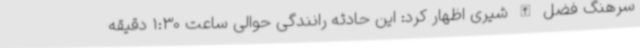
سرهنگ فضل الله شیری اظهار کرد: این حادثه رانندگی حوالی ساعت 1:30 دقیقه